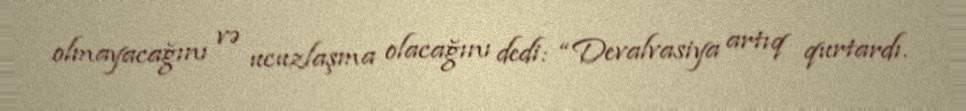
olmayacağını və ucuzlaşma olacağını dedi: “Devalvasiya artıq qurtardı.